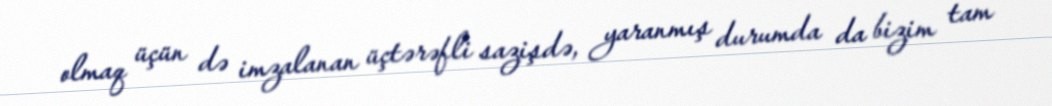
olmaq üçün də imzalanan üçtərəfli sazişdə, yaranmış durumda da bizim tam